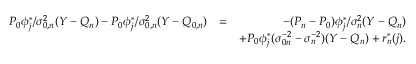
\begin{array} { r l r } { P _ { 0 } \phi _ { j } ^ { * } / \sigma _ { 0 , n } ^ { 2 } ( Y - { Q _ { n } } ) - P _ { 0 } \phi _ { j } ^ { * } / \sigma _ { 0 , n } ^ { 2 } ( Y - { Q _ { 0 , n } } ) } & { = } & { - ( P _ { n } - P _ { 0 } ) \phi _ { j } ^ { * } / \sigma _ { n } ^ { 2 } ( Y - { Q _ { n } } ) } \\ & { } & { + P _ { 0 } \phi _ { j } ^ { * } ( \sigma _ { 0 n } ^ { - 2 } - \sigma _ { n } ^ { - 2 } ) ( Y - Q _ { n } ) + r _ { n } ^ { * } ( j ) . } \end{array}